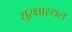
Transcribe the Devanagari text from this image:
सुरक्षास्थल